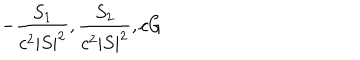
- { \frac { S _ { 1 } } { c ^ { 2 } | S | ^ { 2 } } } , { \frac { S _ { 2 } } { c ^ { 2 } | S | ^ { 2 } } } , c G